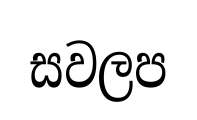
සවලප